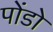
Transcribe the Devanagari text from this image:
पोंडो